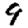
Digit: 9